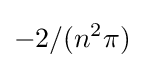
-2/(n^{2}\pi )